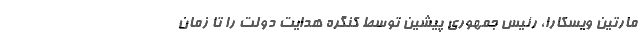
مارتین ویسکارا، رئیس جمهوری پیشین توسط کنگره هدایت دولت را تا زمان